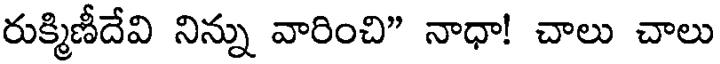
రుక్మిణీదేవి నిన్ను వారించి" నాధా! చాలు చాలు